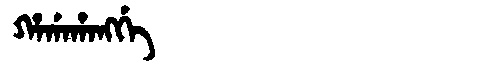
Manchu: ᡥᠠᡤᠠᡥᠠᠩᡤᡝ
Romanization: HAGAHANGGE